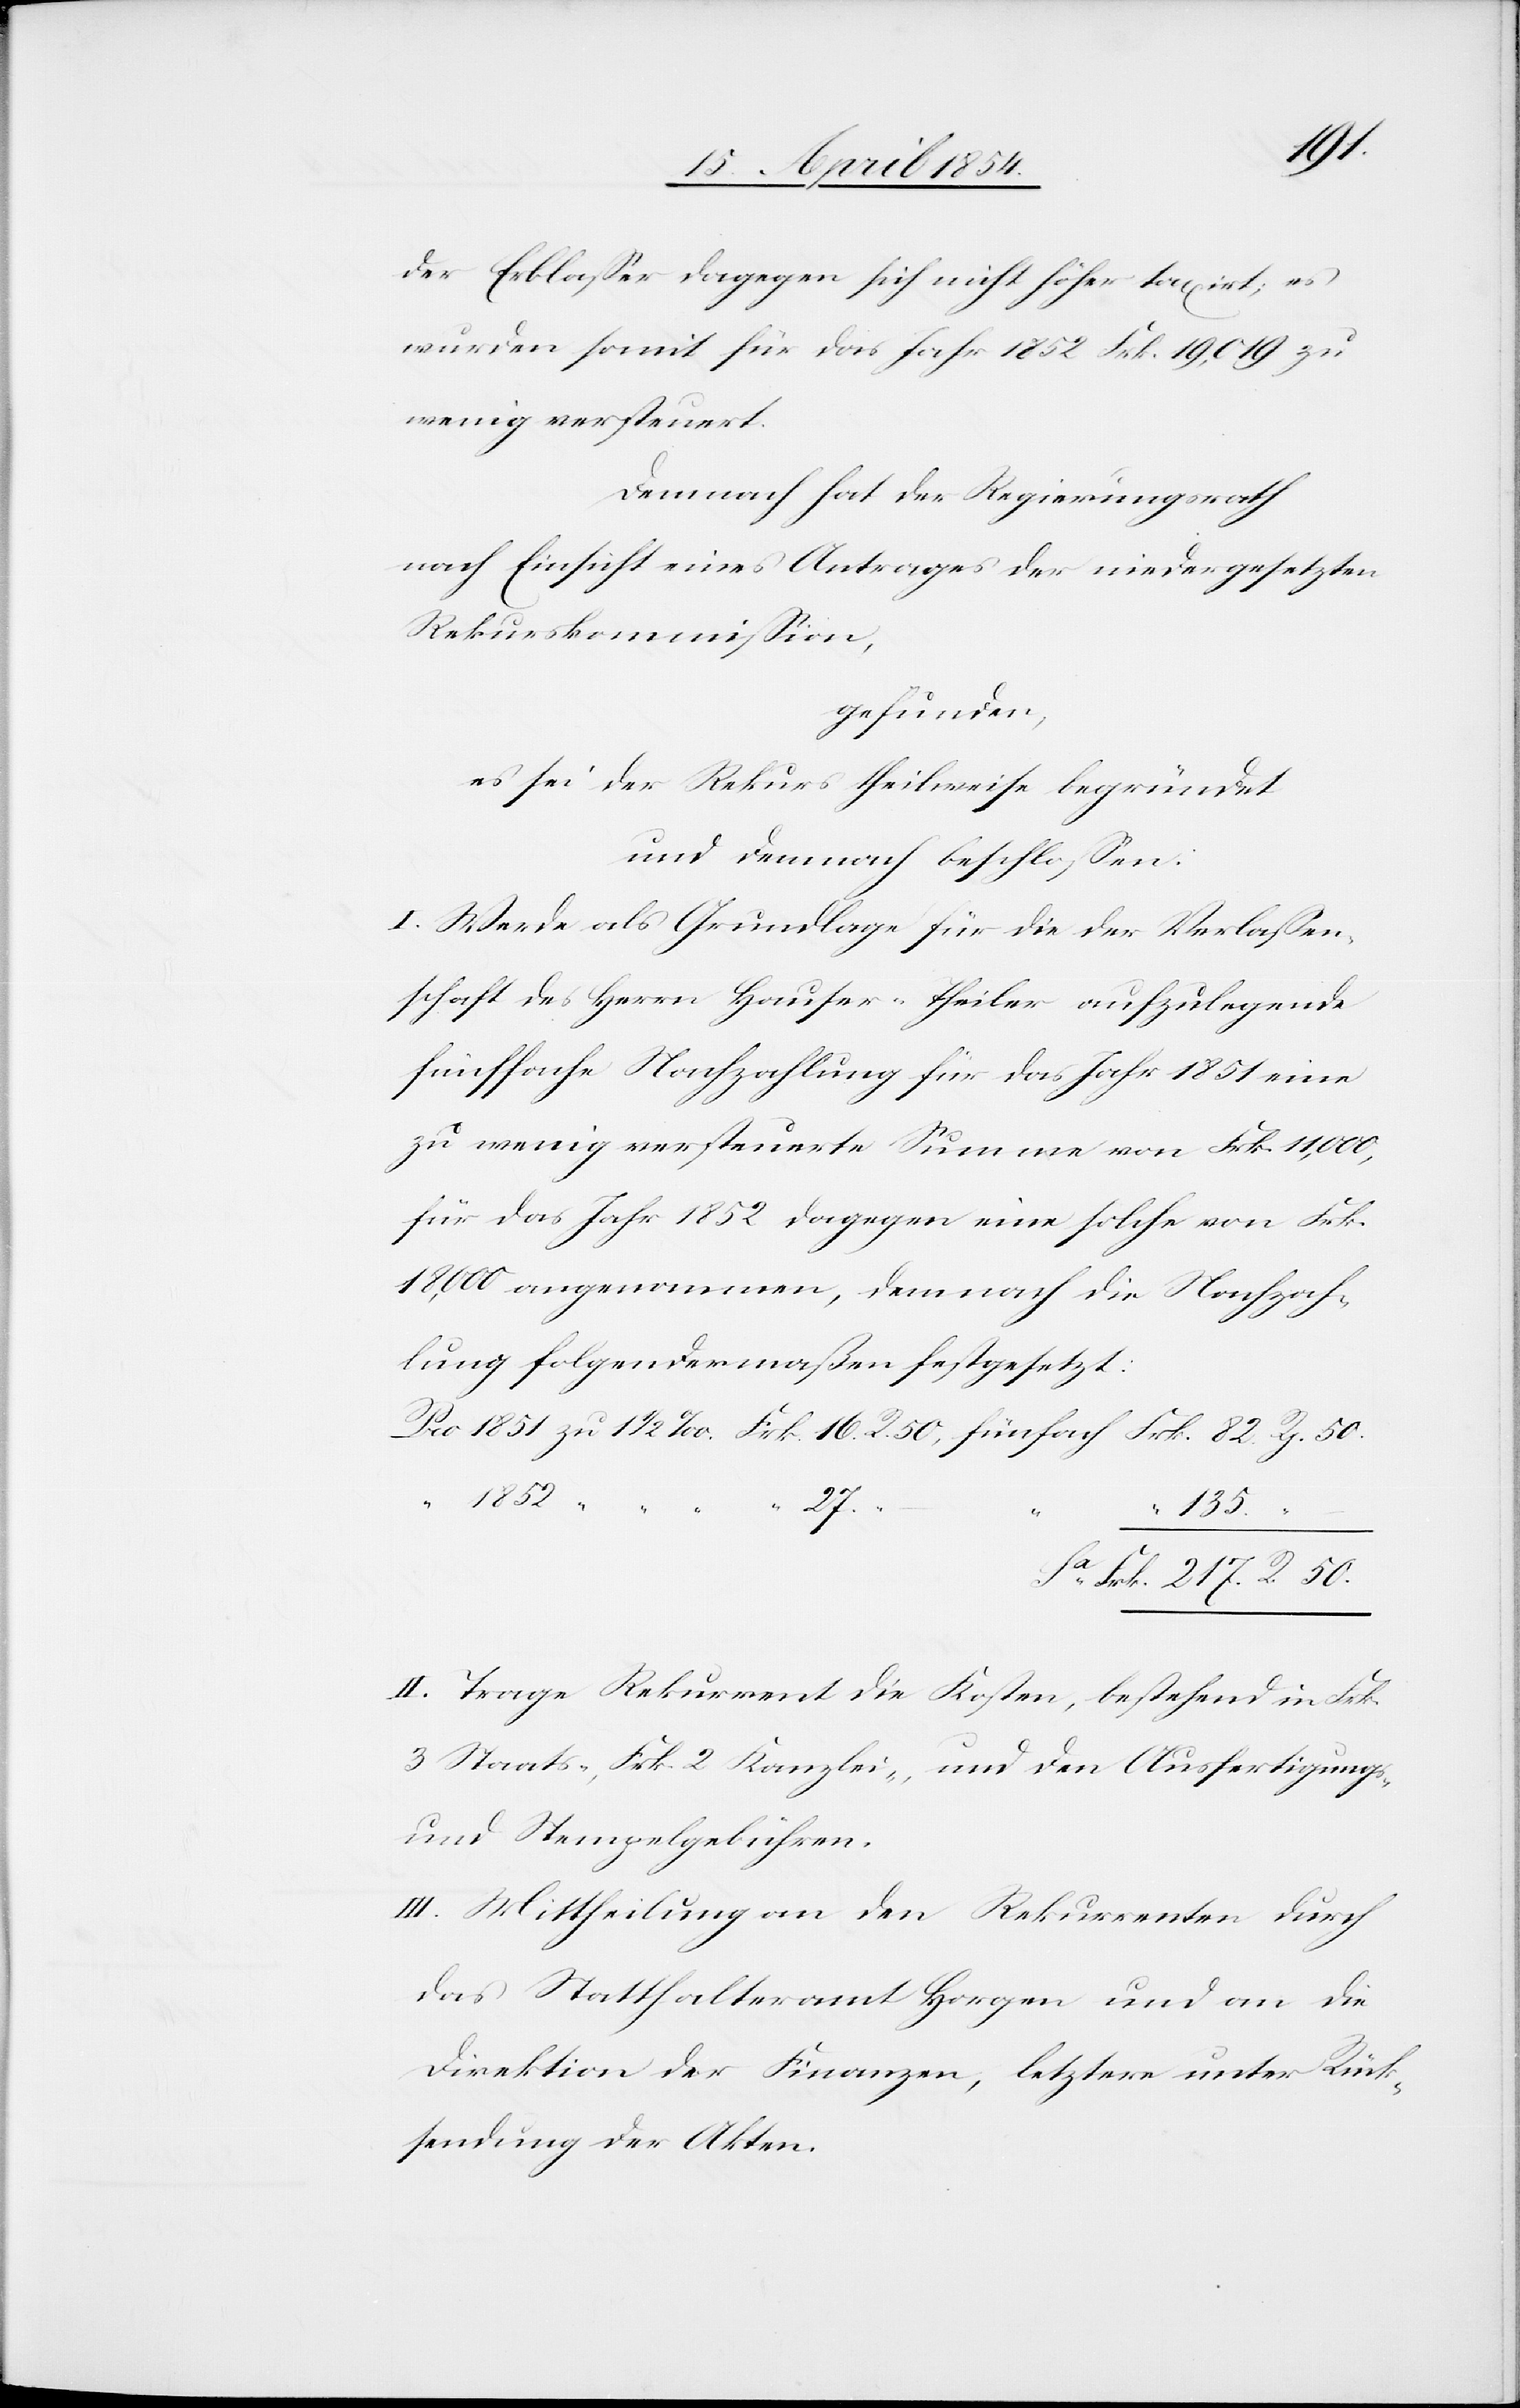
der Erblaßer dagegen sich nicht höher taxirt; es
wurden somit für das Jahr 1852 Frk. 19,019 zu
wenig versteuert.
Demnach hat der Regierungsrath
nach Einsicht eines Antrages der niedergesetzten
Rekurskommißion,
gefunden,
es sei der Rekurs theilweise begründet
und demnach beschloßen:
I. Werde als Grundlage für die der Verlaßen¬
schaft des Herrn Hauser-Theiler aufzulegende
fünffache Nachzahlung für das Jahr 1851 eine
zu wenig versteuerte Summe von Frk. 11,000,
für das Jahr 1852 dagegen eine solche von Frk.
18,000 angenommen, demnach die Nachzah¬
lung folgendermaßen festgesetzt:
135.
50.
R.
II. Trage Rekurrent die Kosten, bestehend in Frk.
3 Staats-, Frk. 2 Kanzlei-, und den Ausfertigungs-
und Stempelgebühren.
III. Mittheilung an den Rekurrenten durch
das Statthalteramt Horgen und an die
Direktion der Finanzen, letztere[r] unter Rück¬
sendung der Akten.